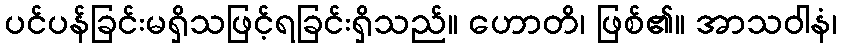
ပင်ပန်ခြင်းမရှိသဖြင့်ရခြင်းရှိသည်။ ဟောတိ၊ ဖြစ်၏။ အာသဝါနံ၊